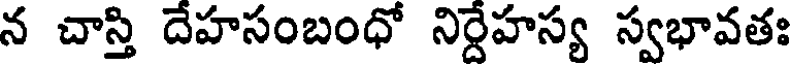
న చాస్తి దేహసంబంధో నిర్దేహస్య స్వభావతః